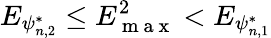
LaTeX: E_{\psi_{n,2}^{*}}\leq E_{\mathrm{~m~a~x~}}^{2}<E_{\psi_{n,1}^{*}}